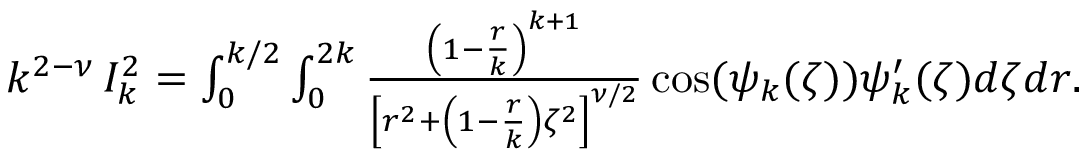
\begin{array} { r } { k ^ { 2 - \nu } \, I _ { k } ^ { 2 } = \int _ { 0 } ^ { k / 2 } \int _ { 0 } ^ { 2 k } \frac { \left( 1 - \frac { r } { k } \right) ^ { k + 1 } } { \left[ r ^ { 2 } + \left( 1 - \frac { r } { k } \right) \zeta ^ { 2 } \right] ^ { \nu / 2 } } \cos ( \psi _ { k } ( \zeta ) ) \psi _ { k } ^ { \prime } ( \zeta ) d \zeta d r . } \end{array}